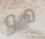
هو